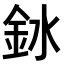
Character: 𫒎